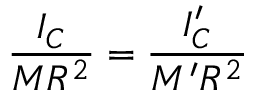
\frac { I _ { C } } { M R ^ { 2 } } = \frac { I _ { C } ^ { \prime } } { M ^ { \prime } R ^ { 2 } }